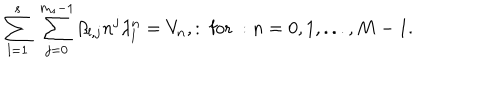
\displaystyle \sum _ { l = 1 } ^ { s } \; \displaystyle \sum _ { j = 0 } ^ { m _ { s } - 1 } \beta _ { l , j } n ^ { j } \lambda _ { l } ^ { n } = V _ { n } , : \mathrm { ~ f o r ~ } : n = 0 , 1 , . . . , M - 1 .